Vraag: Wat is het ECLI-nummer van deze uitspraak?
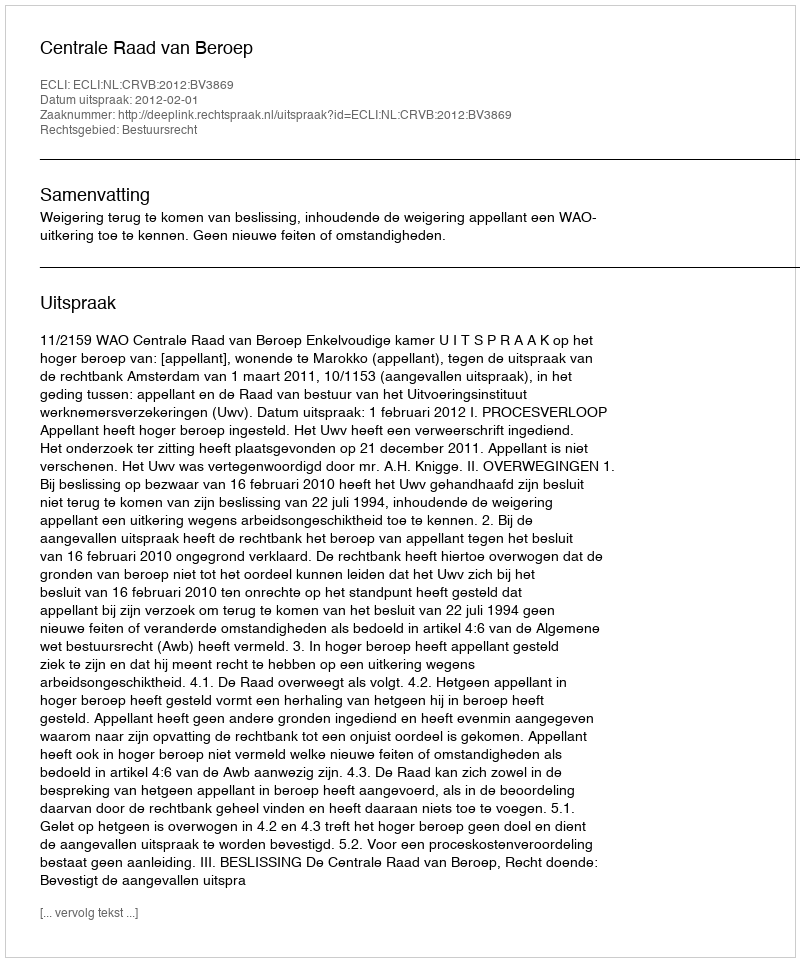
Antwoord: ECLI:NL:CRVB:2012:BV3869